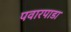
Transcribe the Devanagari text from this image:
पवारपाडा